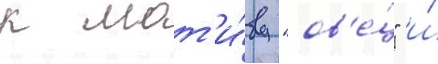
к мот'и́ву "ов'е́ц" и́